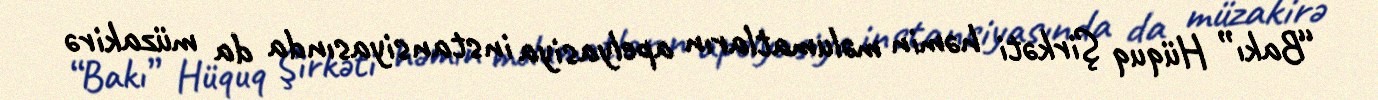
“Bakı” Hüquq Şirkəti həmin məlumatların apelyasiya instansiyasında da müzakirə